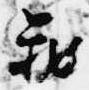
蔵